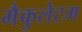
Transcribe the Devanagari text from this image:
मैकुलेटम